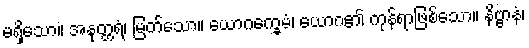
မရှိသော။ အနုတ္တရံ၊ မြတ်သော။ ယောဂက္ခေမံ၊ ယောဂ၏ ကုန်ရာဖြစ်သော။ နိဗ္ဗာနံ၊